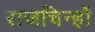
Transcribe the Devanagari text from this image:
राजचिन्हों